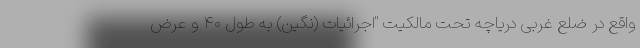
واقع در ضلع غربی دریاچه تحت مالکیت "اجرائیات (نگین) به طول ۴۰ و عرض